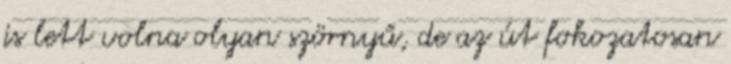
is lett volna olyan szörnyű, de az út fokozatosan